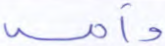
وأمه